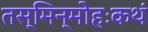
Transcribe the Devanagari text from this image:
तस्मिन्मोहःकथं